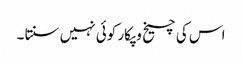
اس کی چیخ و پکار کوئی نہیں سنتا ۔